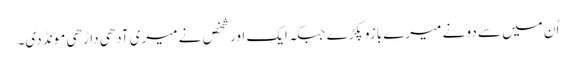
اُن میں سے دو نے میرے بازو پکڑے جبکہ ایک اور شخص نے میری آدھی داڑھی مونڈ دی۔